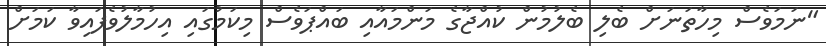
"ނަމަވެސް މިހާތަނަށް ބެލި ބެލުމުން ކުއްޖާގެ މަންމައާއި ބައްޕަވެސް މިކަމުގައި އިހުމާލުވެފައިވާ ކަމަށް